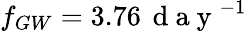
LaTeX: f_{GW}=3.76\, \mathrm{~d~a~y~}^{-1}